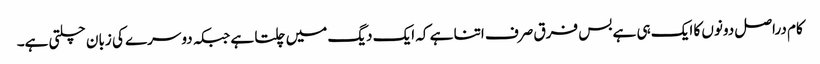
کام دراصل دونوں کا ایک ہی ہے بس فرق صرف اتنا ہے کہ ایک دیگ میں چلتا ہے جبکہ دوسرے کی زبان چلتی ہے۔